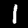
Digit: 1